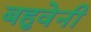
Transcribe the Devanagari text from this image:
बहुवेनी